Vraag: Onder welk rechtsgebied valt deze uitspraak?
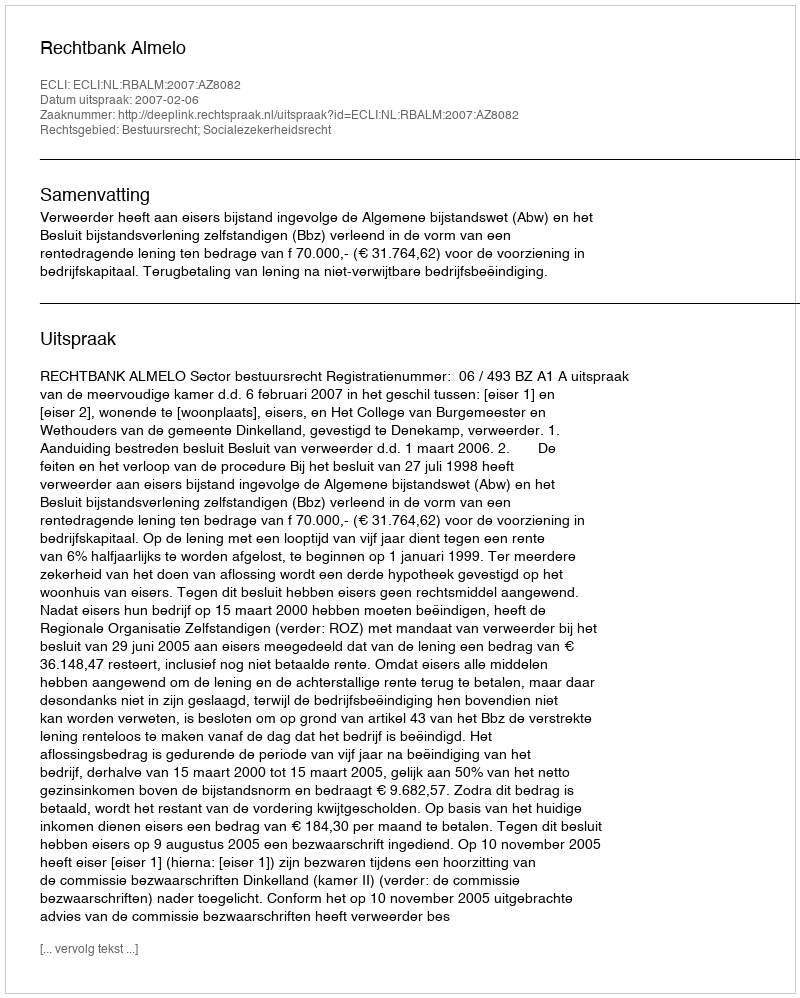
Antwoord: Bestuursrecht; Socialezekerheidsrecht